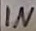
Text: IN